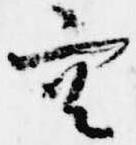
空